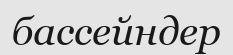
бассейндер